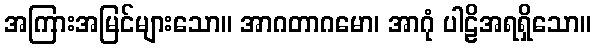
အကြားအမြင်များသော။ အာဂတာဂမော၊ အာဂုံ ပါဠိအရရှိသော။